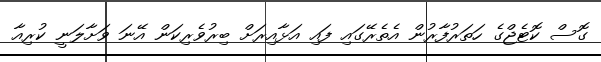
ގޮސް ކޮޓެޖްގެ ހަތަރުފާރުން އެތެރޭގައި ފައި އަޅާއިރަށް ބިރުވެރިކަން އޭނަ ވަށާލަނީ ކުރިއާ